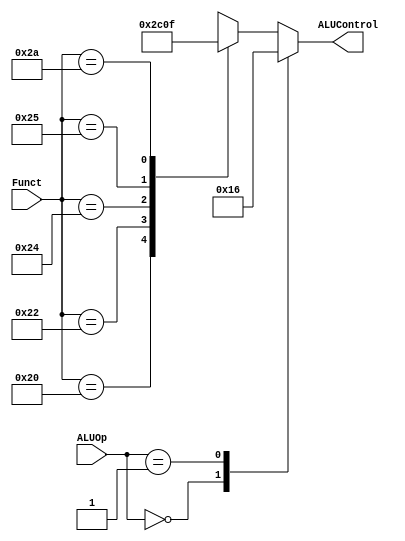
`timescale 1ns / 1ps
//////////////////////////////////////////////////////////////////////////////////
// Company: 
// Engineer: 
// 
// Design Name: 
// Module Name: ALUDec
// Project Name: 
// Target Devices: 
// Tool Versions: 
// Description: 
// 
// Dependencies: 
// 
// Revision:
// Revision 0.01 - File Created
// Additional Comments:
// 
//////////////////////////////////////////////////////////////////////////////////


module ALUDec(
    input [5:0] Funct,
    input [5:0] ALUOp,
    output reg [2:0] ALUControl);
    
    always@(*)
        case(ALUOp)
            2'b00: ALUControl <= 3'b010;//add (for lw/sw/addi)
            2'b01: ALUControl <= 3'b110;//sub (for beq)
            default :case(Funct)        //R-type Instructions
                6'b000000: ALUControl <= 3'bxxx;//nop
                6'b100000: ALUControl <= 3'b010;//add
                6'b100010: ALUControl <= 3'b110;//sub
                6'b100100: ALUControl <= 3'b000;//and
                6'b100101: ALUControl <= 3'b001;//or
                6'b101010: ALUControl <= 3'b111;//slt
                default:   ALUControl <= 3'bxxx;//???
            endcase
        endcase  
endmodule